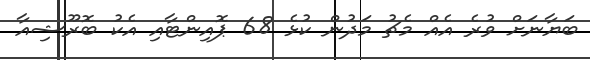
ބަޔާނަށް ވުރެ އެއް މެޗު މަދުން ކުޅެ 68 ޕޮއިންޓާއި އެކު ބޮރޫޝިއާ